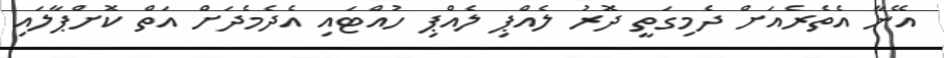
އޭނާ އެތެރެއަށް ދެމިގަތީ ދޮރު ލެއްޕި ލެއްޕި ހުއްޓައި އެދެމެދަށް އަތް ކޮށްޕާލައި